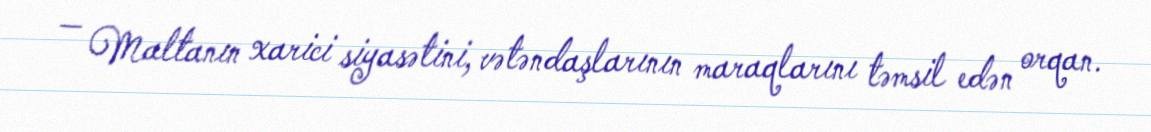
— Maltanın xarici siyasətini, vətəndaşlarının maraqlarını təmsil edən orqan.